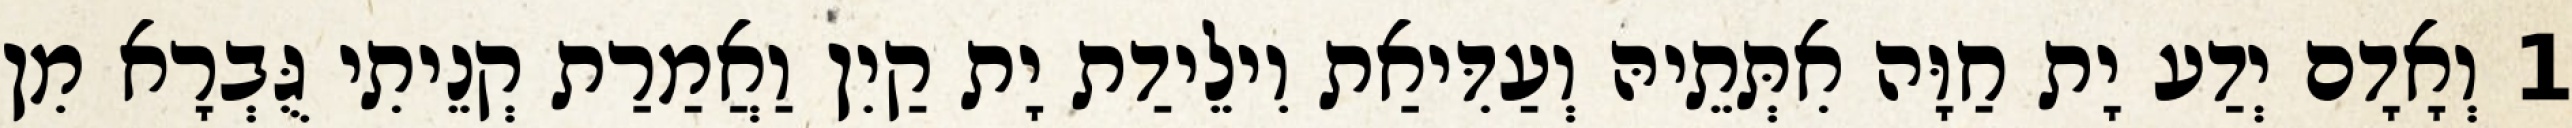
1 וְאָדָם יְדַע יָת חַוָּה אִתְּתֵיהּ וְעַדִּיאַת וִילֵידַת יָת קַיִן וַאֲמַרַת קְנֵיתִי גֻּבְרָא מִן